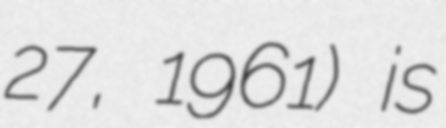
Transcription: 27, 1961) is